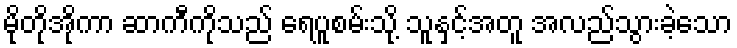
မိုတိုအိုကာ ဆာကီကိုသည် ရေပူစမ်းသို့ သူနှင့်အတူ အလည်သွားခဲ့သော